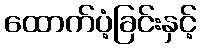
ထောက်ပံ့ခြင်းနှင့်